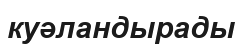
куәландырады